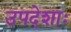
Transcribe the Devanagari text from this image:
उपदेशाः